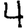
Digit: 4